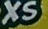
XS